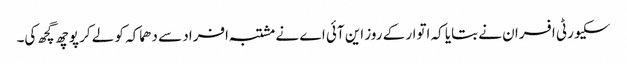
سکیورٹی افسران نے بتایا کہ اتوار کے روز این آئی اے نے مشتبہ افراد سے دھماکہ کو لے کر پوچھ گچھ کی۔